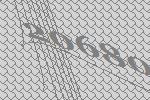
20680